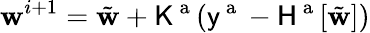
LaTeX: \boldsymbol{\mathbf{w}}^{i+1}=\tilde{{\boldsymbol{\mathbf{w}}}}+\mathsf{{K}}^{\mathrm{{~a~}}}(\mathsf{{y}}^{\mathrm{{~a~}}}-\mathsf{{H}}^{\mathrm{{~a~}}}[\tilde{{\boldsymbol{\mathbf{w}}}}])